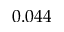
0 . 0 4 4